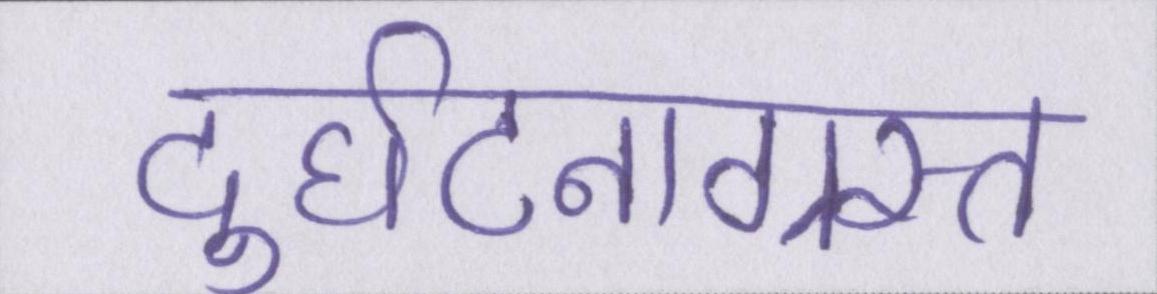
दुर्घटनाग्रस्त